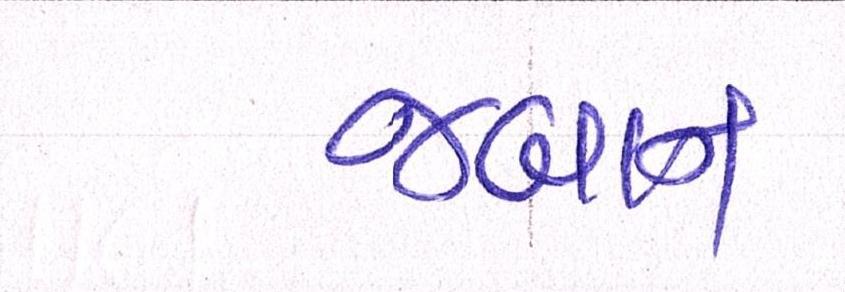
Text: જબાન